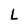
Character: L